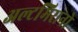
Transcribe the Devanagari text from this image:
अल्टमिरानो